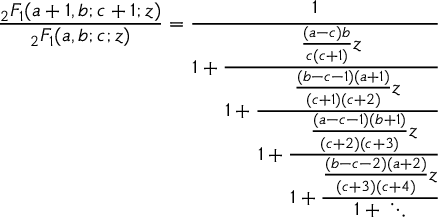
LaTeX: { \frac { { } _ { 2 } F _ { 1 } ( a + 1 , b ; c + 1 ; z ) } { { } _ { 2 } F _ { 1 } ( a , b ; c ; z ) } } = { \cfrac { 1 } { 1 + { \cfrac { { \frac { ( a - c ) b } { c ( c + 1 ) } } z } { 1 + { \cfrac { { \frac { ( b - c - 1 ) ( a + 1 ) } { ( c + 1 ) ( c + 2 ) } } z } { 1 + { \cfrac { { \frac { ( a - c - 1 ) ( b + 1 ) } { ( c + 2 ) ( c + 3 ) } } z } { 1 + { \cfrac { { \frac { ( b - c - 2 ) ( a + 2 ) } { ( c + 3 ) ( c + 4 ) } } z } { 1 + { } \ddots } } } } } } } } } }